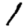
Digit: 1